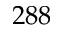
2 8 8